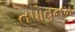
તપોવનમ